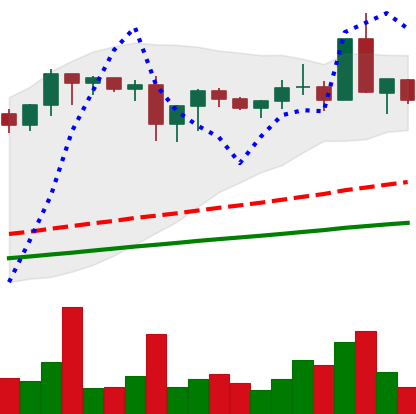
Ticker: XMR-USD
Chart end date: 2020-08-23
Forward return: 3.337%
Label: up_3_5